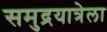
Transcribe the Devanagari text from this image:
समुद्रयात्रेला